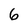
Character: 6